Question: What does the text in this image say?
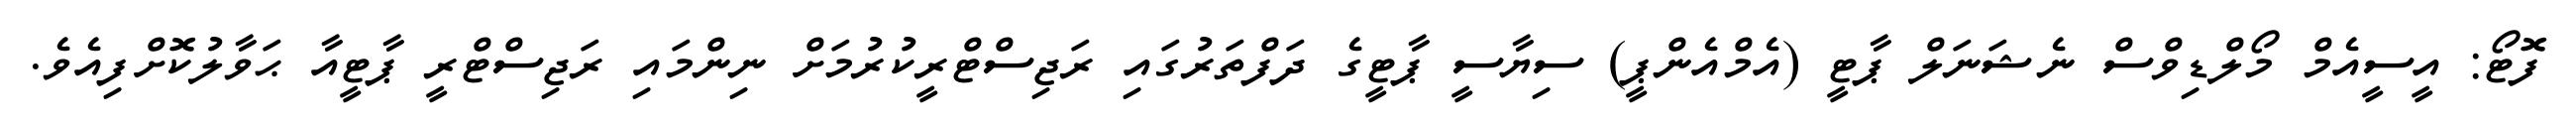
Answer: ފޮޓޯ: އީސީއެމް މޯލްޑިވްސް ނެޝަނަލް ޕާޓީ (އެމްއެންޕީ) ސިޔާސީ ޕާޓީގެ ދަފްތަރުގައި ރަޖިސްޓްރީކުރުމަށް ނިންމައި ރަޖިސްޓްރީ ޕާޓީއާ ޙަވާލުކޮށްފިއެވެ.